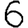
Digit: 6